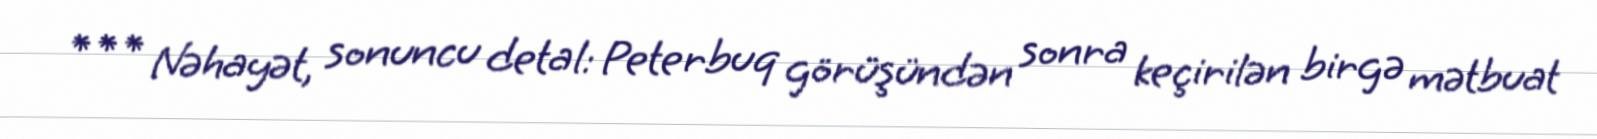
*** Nəhayət, sonuncu detal: Peterbuq görüşündən sonra keçirilən birgə mətbuat